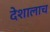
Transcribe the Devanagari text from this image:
देशालाच